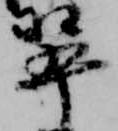
翠